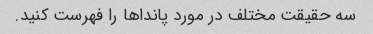
سه حقیقت مختلف در مورد پانداها را فهرست کنید.